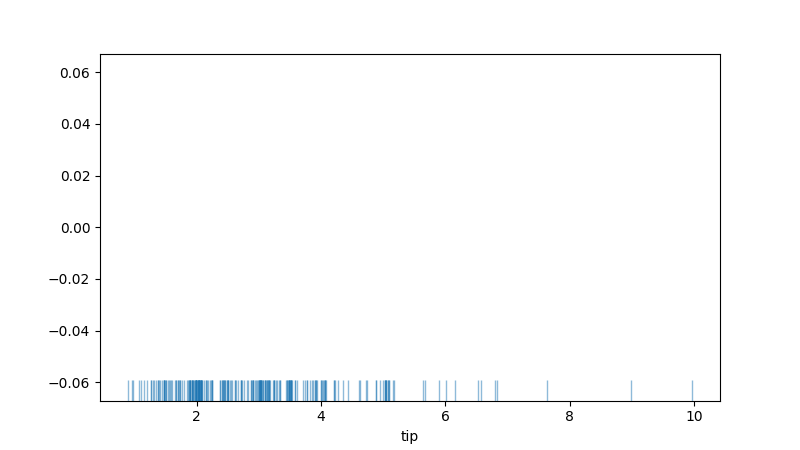
python, seaborn, rugplot, height=0.06, axis='x', alpha=0.5